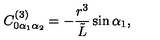
C _ { 0 \alpha _ { 1 } \alpha _ { 2 } } ^ { ( 3 ) } = - \frac { r ^ { 3 } } { { \tilde { L } } } \sin { \alpha _ { 1 } } ,